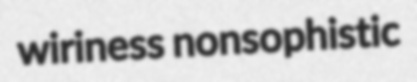
wiriness nonsophistic